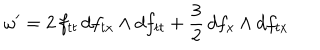
LaTeX: \omega ^ { \prime } = 2 \, f _ { t t } \, d f _ { t x } \wedge d f _ { t t } + \frac { 3 } { 2 } \, d f _ { x } \wedge d f _ { t x }